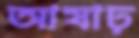
আষাঢ়